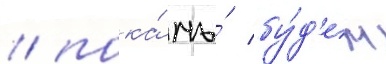
/ пока́ мы́ бу́д'ем